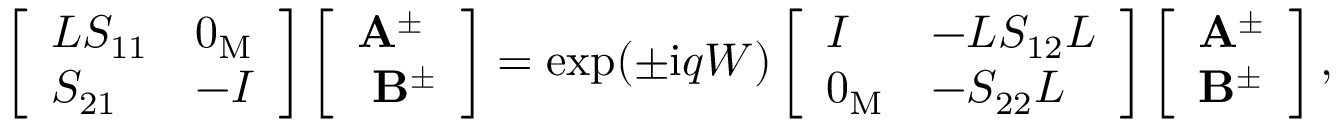
\left[ \begin{array} { l l } { L S _ { 1 1 } } & { 0 _ { \mathrm { M } } } \\ { S _ { 2 1 } } & { - I } \end{array} \right] \left[ \begin{array} { l } { \mathbf { A } ^ { \pm } } \\ { \ \mathbf { B } ^ { \pm } } \end{array} \right] = \exp ( \pm \mathrm { i } q W ) \left[ \begin{array} { l l } { I } & { - L S _ { 1 2 } L } \\ { 0 _ { \mathrm { M } } } & { - S _ { 2 2 } L } \end{array} \right] \left[ \begin{array} { l } { \mathbf { A } ^ { \pm } } \\ { \mathbf { B } ^ { \pm } } \end{array} \right] ,